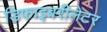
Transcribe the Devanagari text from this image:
डिफाइबरीलेटर